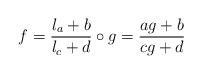
\begin{align*}f = \frac{l_a+b}{l_c +d}\circ g = \frac{ag+b}{cg+d}\end{align*}